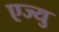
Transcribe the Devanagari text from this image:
एज्यु